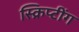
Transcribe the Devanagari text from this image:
स्क्रिप्टींग